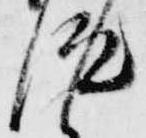
汰